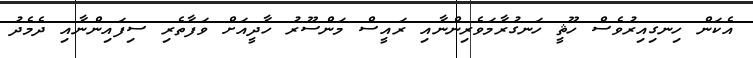
އެކަން ހިނގިއިރުވެސް ހޫޘީ ހަނގުރާމަވެރިންނާއި ރައީސް މަންސޫރު ހާދީއަށް ވަފާތެރި ސިފައިންނާއި ދެމެދު